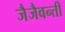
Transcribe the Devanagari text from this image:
जैजैवन्ती